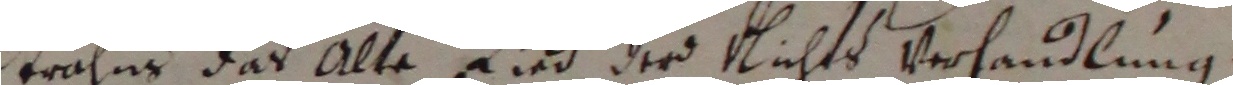
Stralus das Alte Lind der Nichts Verlandlung.